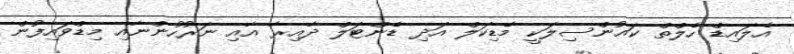
އެލައިޑް ހެލްތް ކައުންސިލަކީ މެޑިކަލް އަދި ޑެންޓަލް ދާއިރާ އާއި ނަރުހުންނާއި މިޑްވައިފުން